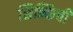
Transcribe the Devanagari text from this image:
शिन्किची